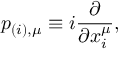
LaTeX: p _ { ( i ) , \mu } \equiv i \frac { \partial } { \partial x _ { i } ^ { \mu } } ,